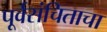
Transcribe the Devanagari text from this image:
पूर्वसंचिताचा